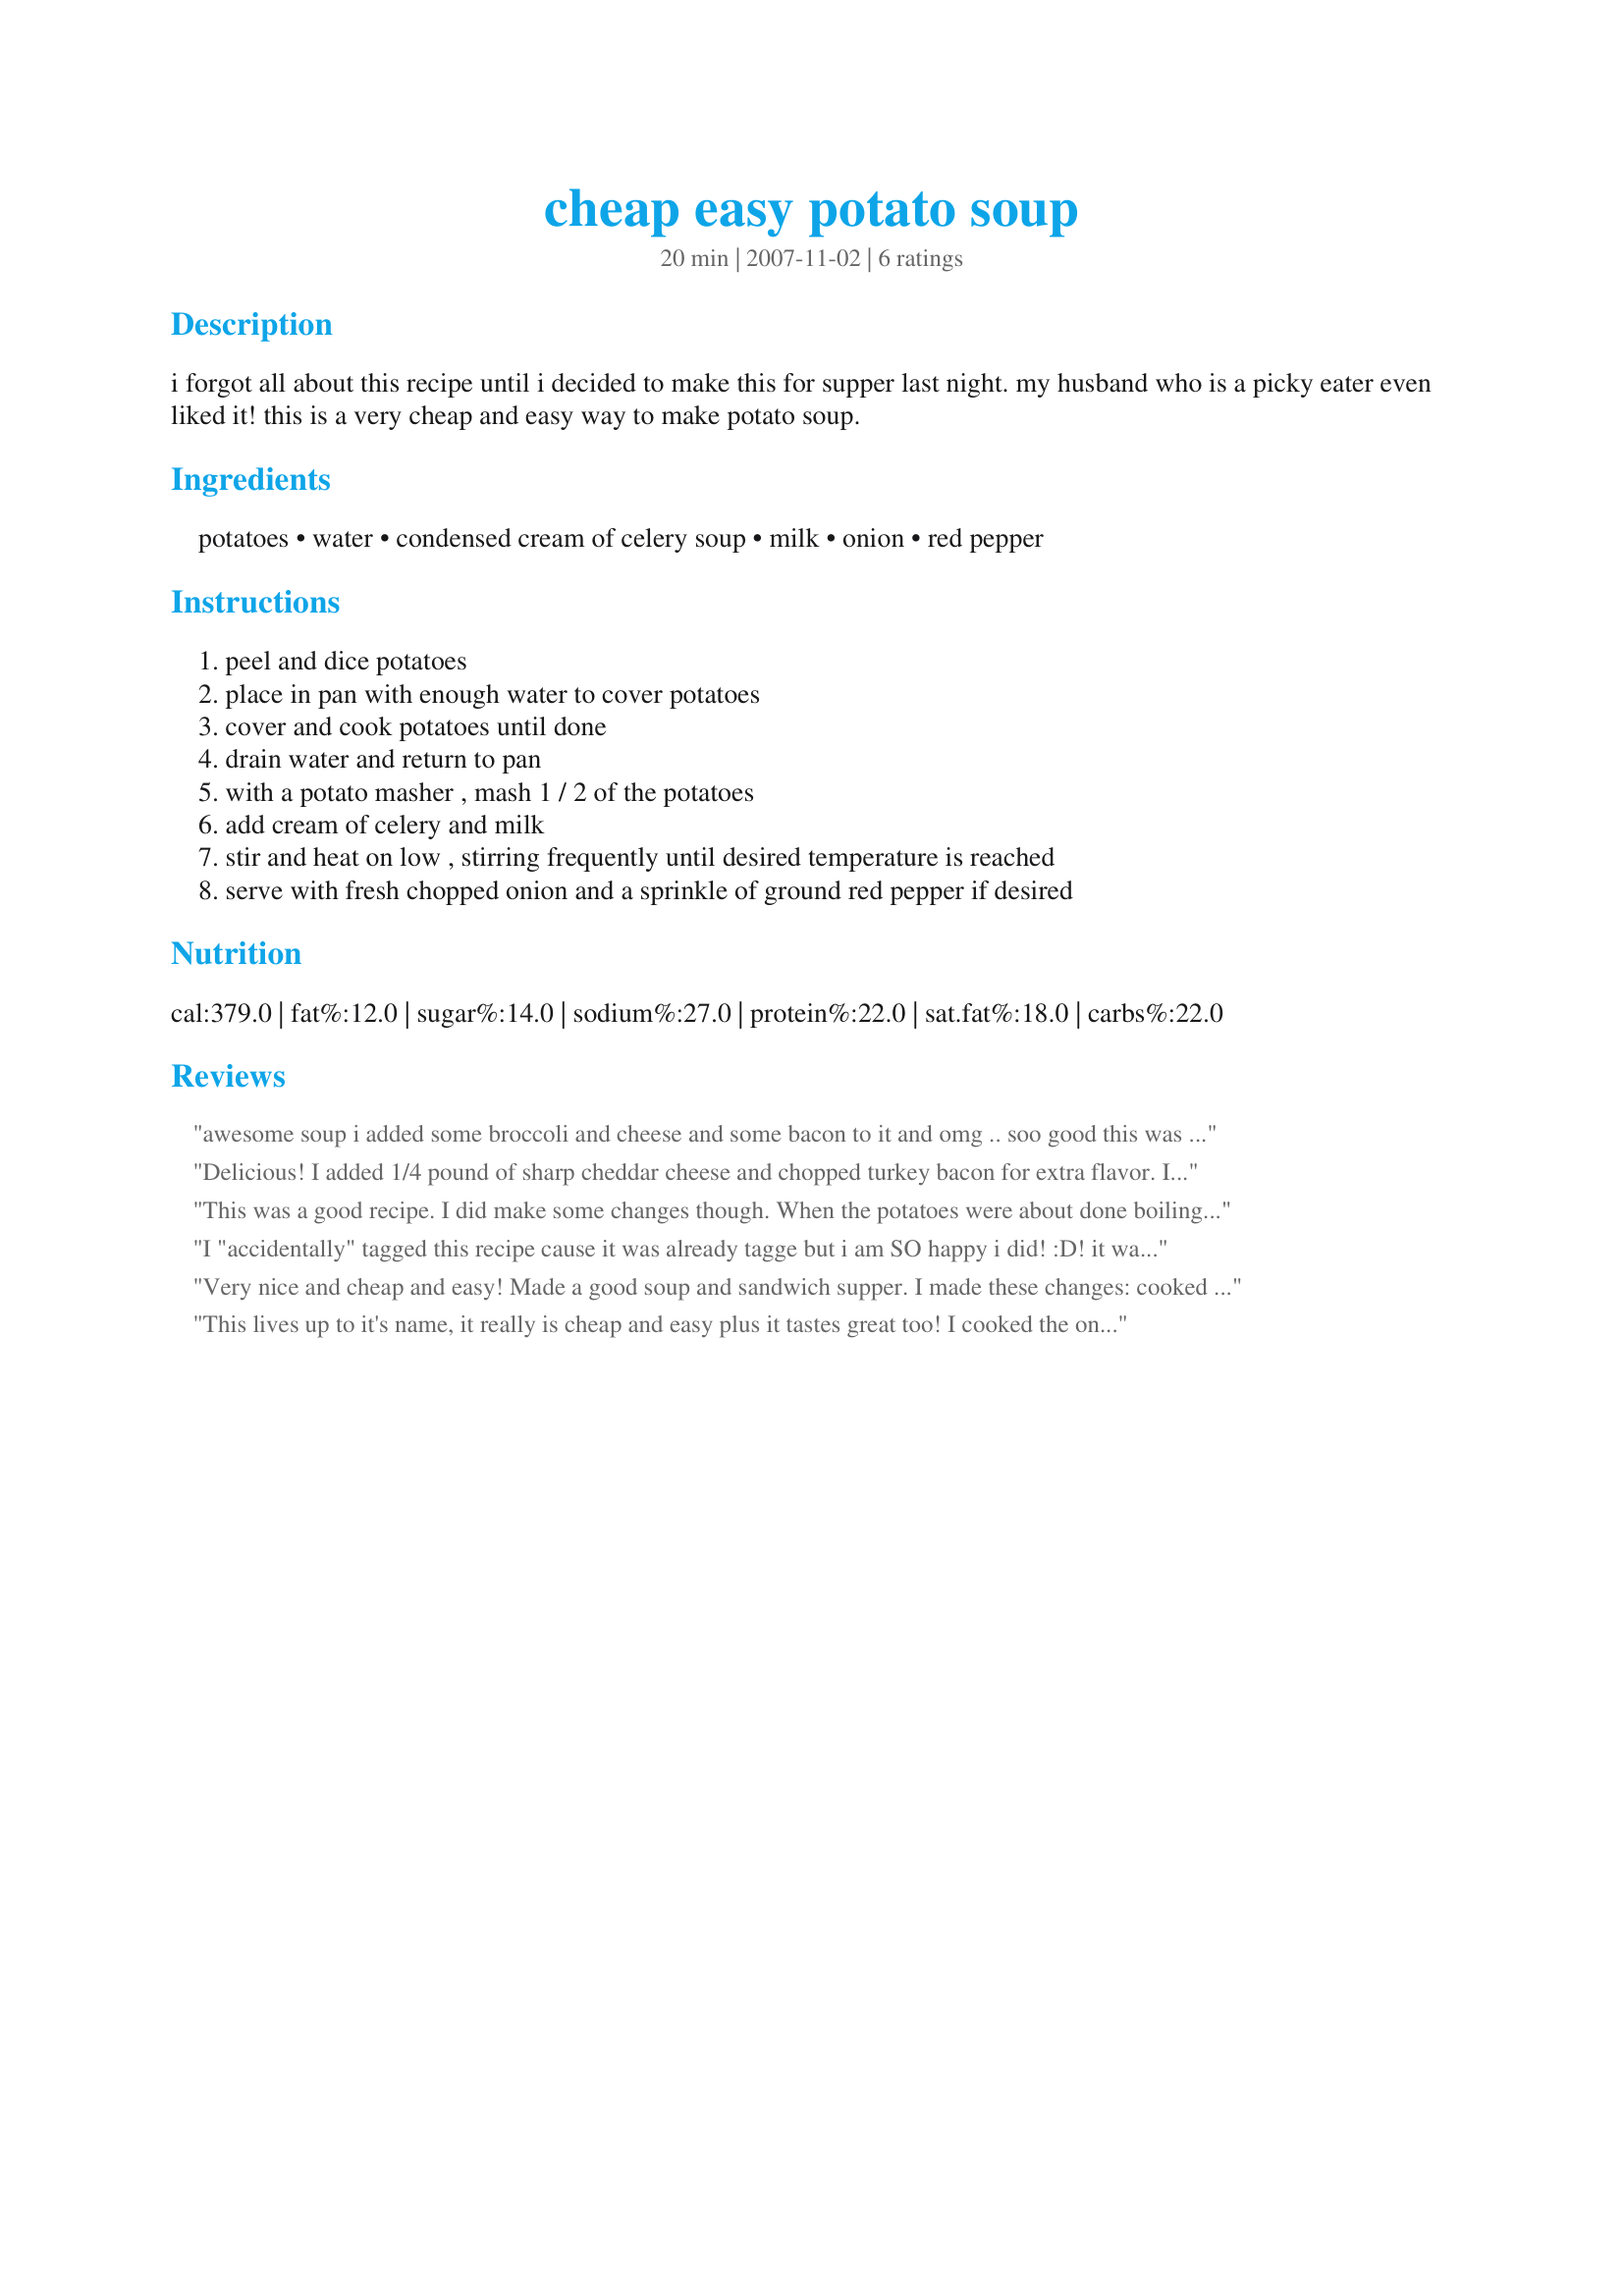
cheap easy potato soup
Preparation time: 20 minutes

i forgot all about this recipe until i decided to make this for supper last night. my husband who is a picky eater even liked it! this is a very cheap and easy way to make potato soup.

Ingredients:
potatoes, water, condensed cream of celery soup, milk, onion, red pepper

Steps:
peel and dice potatoes, place in pan with enough water to cover potatoes, cover and cook potatoes until done, drain water and return to pan, with a potato masher , mash 1 / 2 of the potatoes, add cream of celery and milk, stir and heat on low , stirring frequently until desired temperature is reached, serve with fresh chopped onion and a sprinkle of ground red pepper if desired

Reviews:
awesome soup i added some broccoli and cheese and some bacon to it and omg .. soo good this was very easy to make and we loved it
Delicious! I added 1/4 pound of sharp cheddar cheese and chopped turkey bacon for extra flavor. I also used chopped scallions and chicken broth.
This was a good recipe. I did make some changes though. When the potatoes were about done boiling I sauteed 2 chopped celery & carrot sticks and the 1/4 cup chopped onions in some olive oil. I mashed 1/2 the potatoes, added the milk and cream of celery soup and added 1 tsp garlic powder, 1 tsp lemon pepper, 1 tablespoon parsley flakes, 2 chicken bouillon cubes and some ham I had on hand. When it was all nice and hot and in the bowl I topped it off with some shredded cheddar cheese. Kids ate it all, I was hoping I could take a bowl to work the next day but ended up with a sandwhich. Next time I will double the recipe.
I "accidentally" tagged this recipe cause it was already tagge but i am SO happy i did! :D! it was reallllly good and easy to make! it was also really filling! i agree with the onions and red peppers but also added some monteray jack cheese and shredded ham! sorry for the lousy pic... i need a new camera... but now i have a new favorite potato soup! :D
Very nice and cheap and easy! Made a good soup and sandwich supper. I made these changes: cooked the onions with some green pepper in butter before adding the other ingredients. THX for posting!
This lives up to it's name, it really is cheap and easy plus it tastes great too! I cooked the onion with the potatoes as DH will not eat raw onion. I will make this for lunch but tonight it was dinner and we both found a both to be quite satisfying with whole wheat toast. Thanks for sharing this Kara. Made for Photo Tag.
